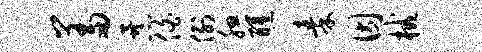
羞暴伯例腮醺秦因械